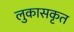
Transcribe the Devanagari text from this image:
लुकासकृत